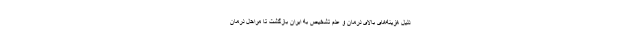
دلیل هزینه‌های بالای درمان و عدم تشخیص به ایران بازگشت تا مراحل درمان